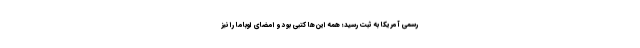
رسمی آمریکا به ثبت رسید؛ همه این‌ها کتبی بود و امضای اوباما را نیز